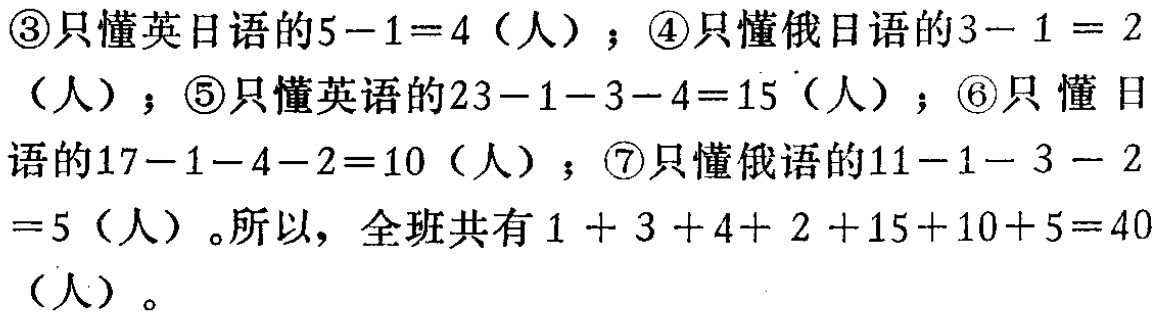
\textcircled{3}只懂英日语的\(5 - 1 = 4\)（人）；\textcircled{4}只懂俄日语的\(3 - 1 = 2\)（人）；\textcircled{5}只懂英语的\(23 - 1 - 3 - 4 = 15\)（人）；\textcircled{6}只懂日语的\(17 - 1 - 4 - 2 = 10\)（人）；\textcircled{7}只懂俄语的\(11 - 1 - 3 - 2 = 5\)（人）。所以，全班共有\(1 + 3 + 4 + 2 + 15 + 10 + 5 = 40\)（人）。